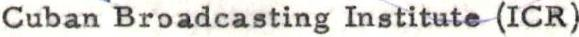
Cuban Broadcasting Institute (ICR)